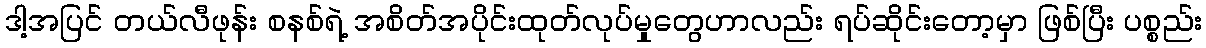
ဒါ့အပြင် တယ်လီဖုန်း စနစ်ရဲ့ အစိတ်အပိုင်းထုတ်လုပ်မှုတွေဟာလည်း ရပ်ဆိုင်းတော့မှာ ဖြစ်ပြီး ပစ္စည်း